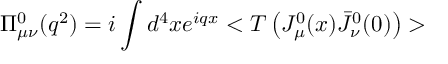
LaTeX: \Pi _ { \mu \nu } ^ { 0 } ( q ^ { 2 } ) = i \int d ^ { 4 } x e ^ { i q x } < T \left( J _ { \mu } ^ { 0 } ( x ) \bar { J } _ { \nu } ^ { 0 } ( 0 ) \right) >